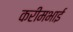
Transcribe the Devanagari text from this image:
करीमभाई